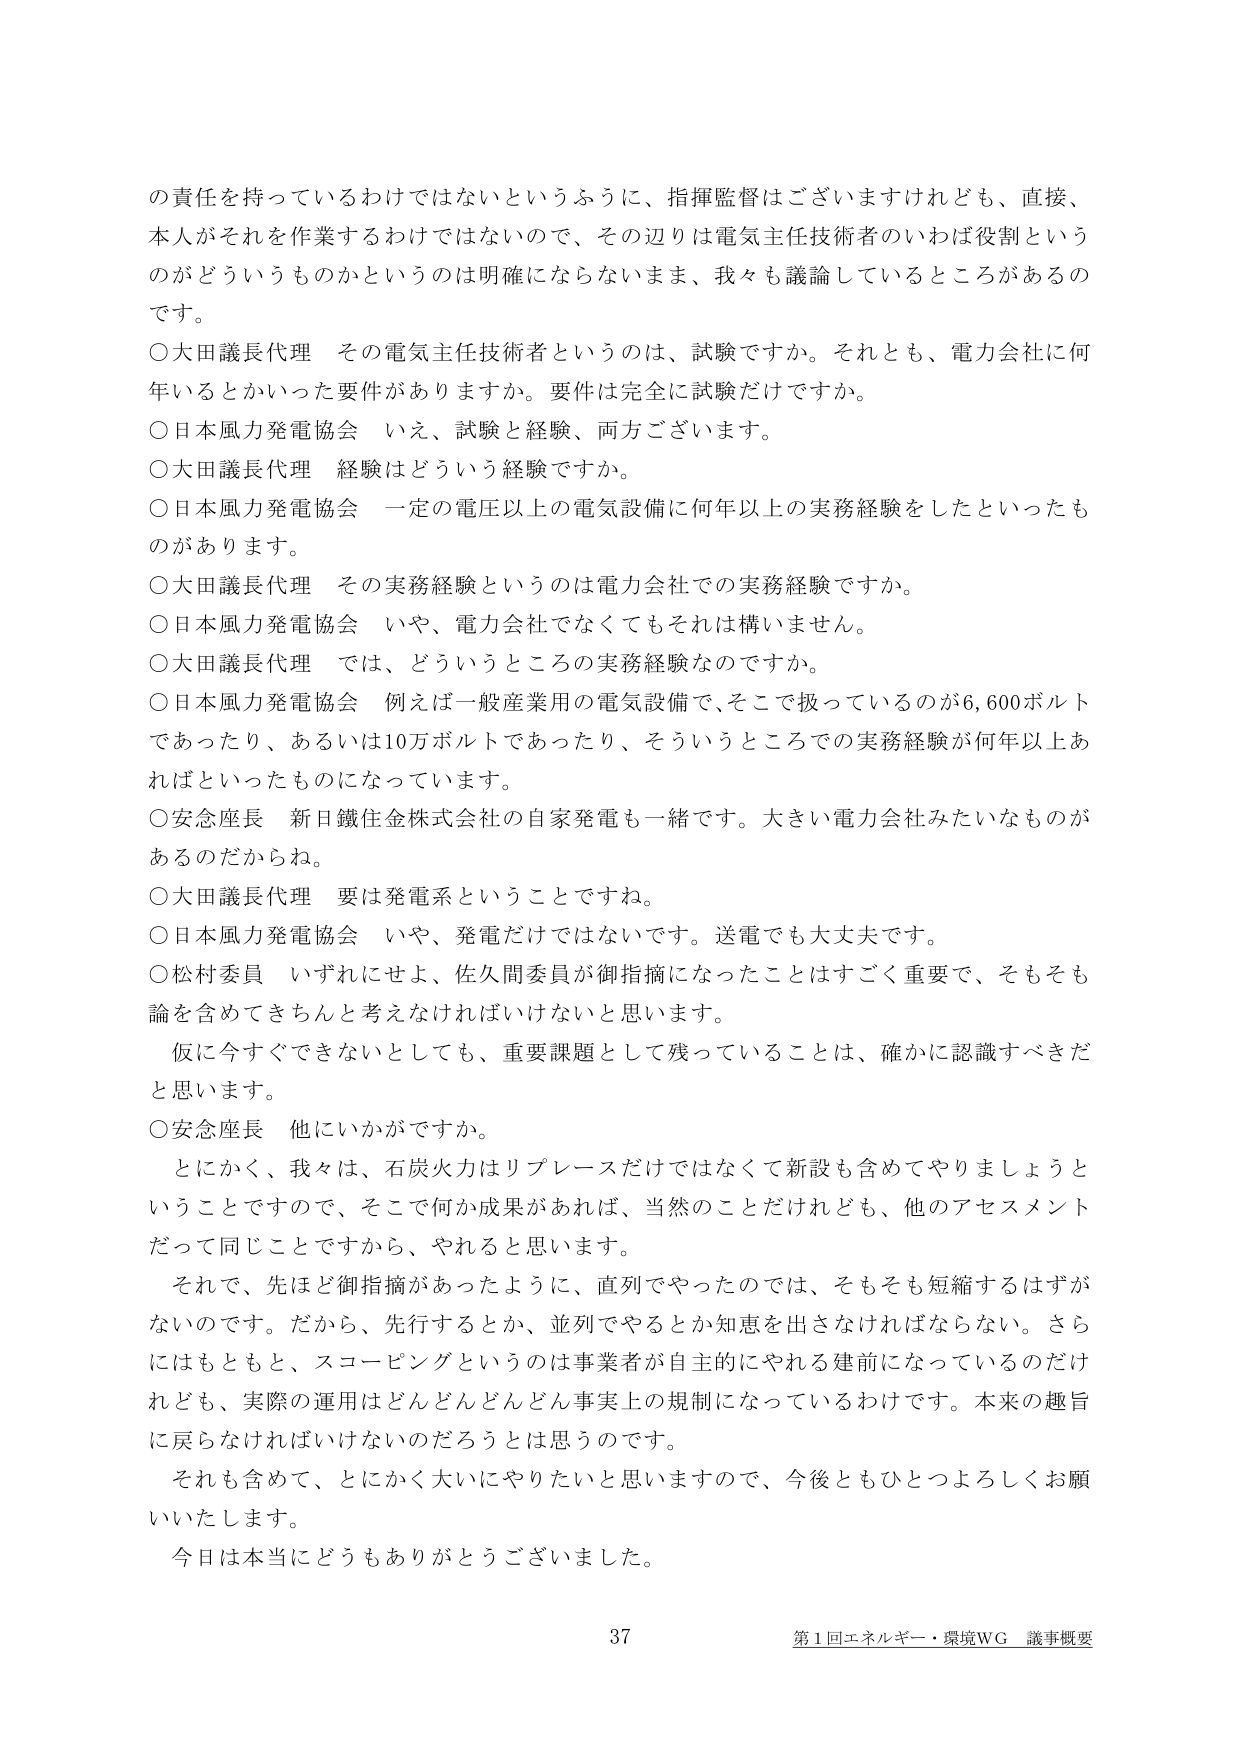
の責任を持っているわけではないというふうに、指揮監督はございますけれども、直接、
本人がそれを作業するわけではないので、その辺りは電気主任技術者のいわば役割という
のがどういうものかというのは明確にならないまま、我々も議論しているところがあるの
です。
〇大田議長代理　その電気主任技術者というのは、試験ですか。それとも、電力会社に何
年いるとかいった要件がありますか。要件は完全に試験だけですか。
〇日本風力発電協会　いえ、試験と経験、両方ございます。
〇大田議長代理　経験はどういう経験ですか。
〇日本風力発電協会　一定の電圧以上の電気設備に何年以上の実務経験をしたといったも
のがあります。
〇大田議長代理　その実務経験というのは電力会社での実務経験ですか。
〇日本風力発電協会　いや、電力会社でなくてもそれは構いません。
〇大田議長代理　では、どういうところの実務経験なのですか。
〇日本風力発電協会　例えば一般産業用の電気設備で、そこで扱っているのが6,600ボルト
であったり、あるいは10万ボルトであったり、そういうところでの実務経験が何年以上あ
ればといったものになっています。
〇安念座長　新日鐵住金株式会社の自家発電も一緒です。大きい電力会社みたいなものがあ
るのだからね。
〇大田議長代理　要は発電系ということですね。
〇日本風力発電協会　いや、発電だけではないです。送電でも大丈夫です。
〇松村委員　いずれにせよ、佐久間委員が御指摘になったことはすごく重要で、そもそも
論を含めてきちんと考えなければならないと思います。
仮に今すぐできないとしても、重要課題として残っていることは、確かに認識すべきだ
と思います。
〇安念座長　他にいかがですか。
とにかく、我々は、石炭火力はリプレースだけではなくて新設も含めてやりましょうと
いうことですので、そこで何か成果があれば、当然のことだけれども、他のアセスメント
だって同じことですから、やれると思います。
それで、先ほど御指摘があったように、直列でやったのでは、そもそも短縮するはずが
ないのです。だから、先行するとか、並列でやるとか知恵を出さなければならない。さら
にはもともと、スコーピングというのは事業者が自主的にやれる建前になっているのだけ
れども、実際の運用はどんどんどんどん事実上の規制になっているわけです。本来の趣旨
に戻らなければならないのだろうとは思うのです。
それも含めて、とにかく大いにやりたいと思いますので、今後ともひとつよろしくお願
いいたします。
今日は本当にどうもありがとうございました。
37
第1回エネルギー・環境WG 議事概要